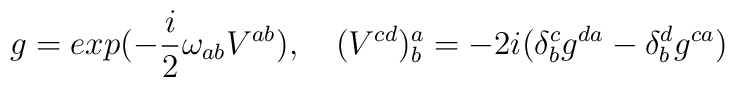
g=exp(-\frac{i}{2}\omega_{ab}V^{ab}),\quad(V^{cd})^a_b=-2i(\delta^c_b g^{da}-\delta^d_b g^{ca})